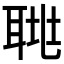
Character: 𦖅